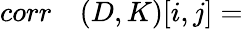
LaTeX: \begin{array}{rl}{corr}&{{}(D,K)[i,j]=}\end{array}